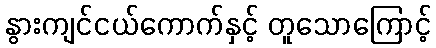
နွားကျင်ငယ်ကောက်နှင့် တူသောကြောင့်